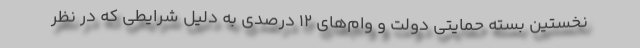
نخستین بسته حمایتی دولت و وام‌های ۱۲ درصدی به دلیل شرایطی که در نظر